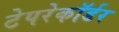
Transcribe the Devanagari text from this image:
टेपरेकॉर्डर